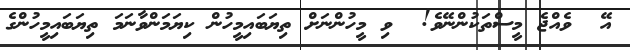
އޭ  ވެއްޖެ މީސްތަކުންނޭވެ!  ވި މީހުންނަށް ތިޔަބައިމީހުން ކިޔަމަންވާނަމަ ތިޔަބައިމީހުންގެ